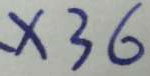
X 3 6